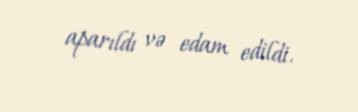
aparıldı və edam edildi.